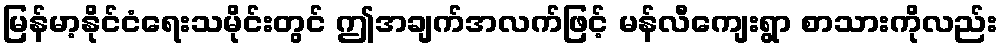
မြန်မာ့နိုင်ငံရေးသမိုင်းတွင် ဤအချက်အလက်ဖြင့် မန်လီကျေးရွာ စာသားကိုလည်း